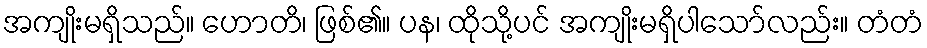
အကျိုးမရှိသည်။ ဟောတိ၊ ဖြစ်၏။ ပန၊ ထိုသို့ပင် အကျိုးမရှိပါသော်လည်း။ တံတံ